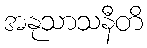
အနုသာသနီတိ